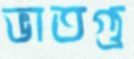
ভাতগু